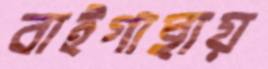
বাইগাছায়